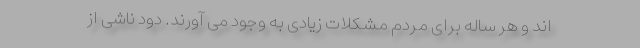
اند و هر ساله برای مردم مشکلات زیادی به وجود می آورند. دود ناشی از